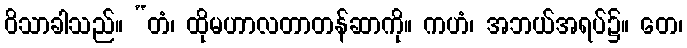
ဝိသာခါသည်။ “တံ၊ ထိုမဟာလတာတန်ဆာကို။ ကဟံ၊ အဘယ်အရပ်၌။ တေ၊